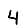
Digit: 4